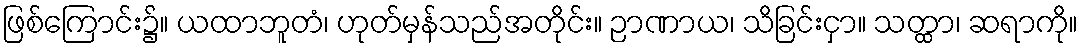
ဖြစ်ကြောင်း၌။ ယထာဘူတံ၊ ဟုတ်မှန်သည်အတိုင်း။ ဉာဏာယ၊ သိခြင်းငှာ။ သတ္ထာ၊ ဆရာကို။